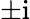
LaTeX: \pm\mathrm i